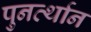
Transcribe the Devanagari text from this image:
पुनर्त्थान